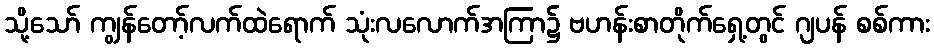
သို့သော် ကျွန်တော့်လက်ထဲရောက် သုံးလလောက်အကြာ၌ ဗဟန်းစာတိုက်ရှေ့တွင် ဂျပန် စစ်ကား